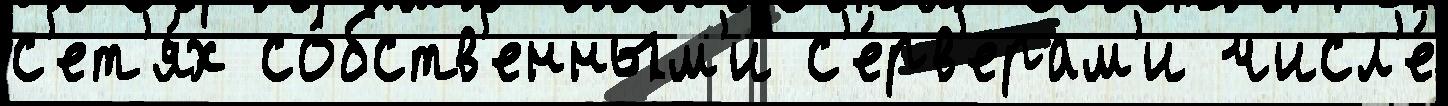
с'ет'я́х со́бств'енным'и с'е́рв'ерам'и числ'е́